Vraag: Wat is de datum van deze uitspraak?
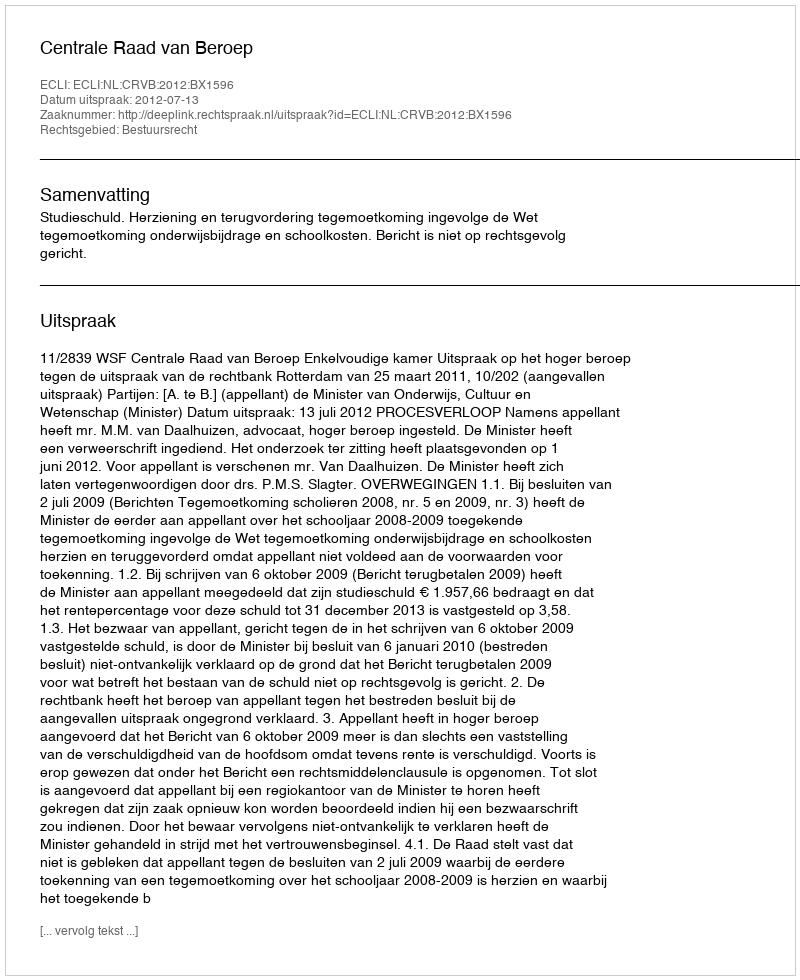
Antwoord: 2012-07-13